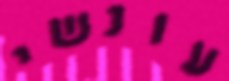
עונשי